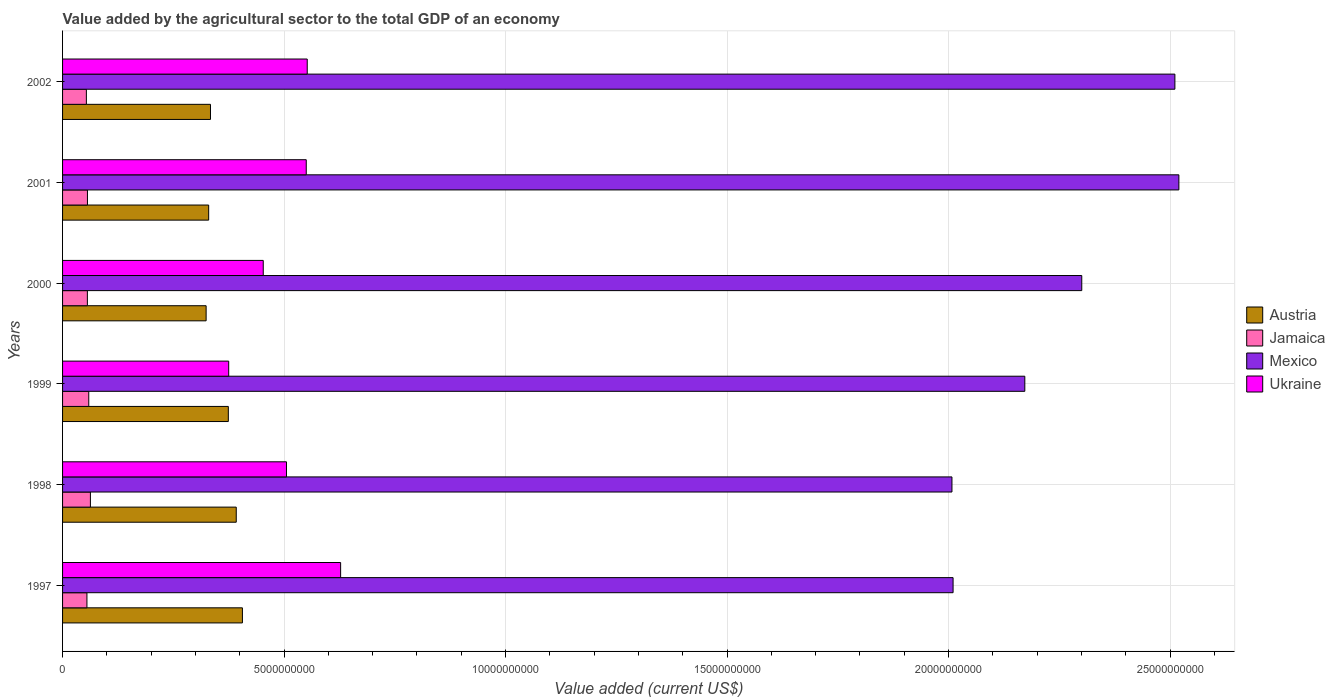
| Years | Austria | Jamaica | Mexico | Ukraine |
 | --- | --- | --- | --- | --- |
 | 1997 | 4.06e+09 | 5.5e+08 | 2.01e+10 | 6.28e+09 |
 | 1998 | 3.92e+09 | 6.28e+08 | 2.01e+10 | 5.05e+09 |
 | 1999 | 3.74e+09 | 5.91e+08 | 2.17e+10 | 3.75e+09 |
 | 2000 | 3.24e+09 | 5.6e+08 | 2.3e+10 | 4.53e+09 |
 | 2001 | 3.3e+09 | 5.62e+08 | 2.52e+10 | 5.5e+09 |
 | 2002 | 3.34e+09 | 5.37e+08 | 2.51e+10 | 5.52e+09 |